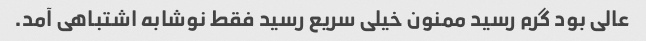
عالی بود گرم رسید ممنون خیلی سریع رسید فقط نوشابه اشتباهی آمد.